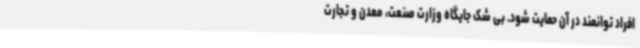
افراد توانمند در آن حمایت شود. بی شک جایگاه وزارت صنعت، معدن و تجارت